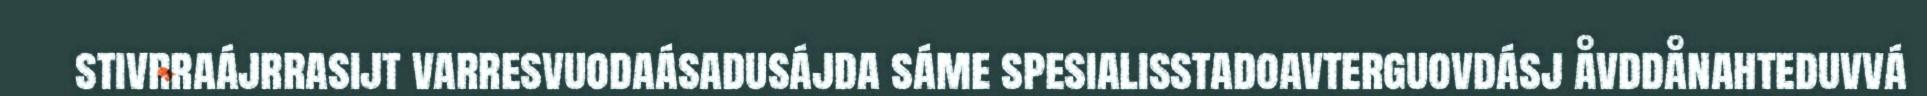
stivrraájrrasijt varresvuodaásadusájda sáme spesialisstadoavterguovdásj åvddånahteduvvá